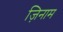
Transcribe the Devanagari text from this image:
ज़िनाम